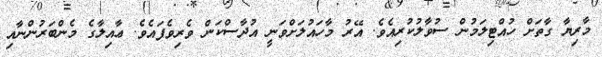
މާރިޔާ ގާތަށް ހުއްޓިލަމުން ސުވާލުކުރިއެވެ. އޭރު މާހައުލަށްވަނީ އުދާސްކަން ވެރިވެފައެވެ. ޢާއިލާގެ މެންބަރުންނާއި